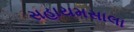
સહાયમસાલા